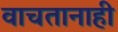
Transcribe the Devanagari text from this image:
वाचतानाही